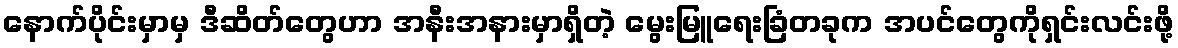
နောက်ပိုင်းမှာမှ ဒီဆိတ်တွေဟာ အနီးအနားမှာရှိတဲ့ မွေးမြူရေးခြံတခုက အပင်တွေကိုရှင်းလင်းဖို့